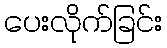
ပေးလိုက်ခြင်း